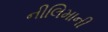
નીલિમાની